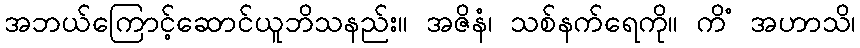
အဘယ်ကြောင့်ဆောင်ယူဘိသနည်း။ အဇိနံ၊ သစ်နက်ရေကို။ ကိံ အဟာသိ၊